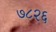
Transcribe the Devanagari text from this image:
७८२६